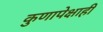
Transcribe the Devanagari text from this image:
कुणापेक्षाही